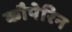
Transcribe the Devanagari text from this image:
कौपेरिन